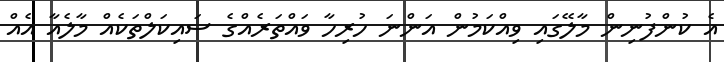
އެ ކުންފުނިން މާލޭގައި ވިއްކަމުން އަންނަ ހުރިހާ ވައްތަރެއްގެ ސައިކަލްތަކެއް މާލެއާ އެއްް